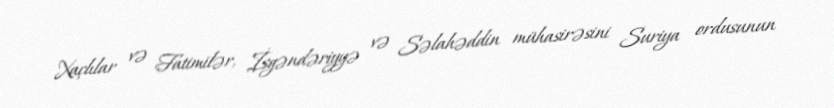
Xaçlılar və Fatimilər, İsgəndəriyyə və Səlahəddin mühasirəsini Suriya ordusunun